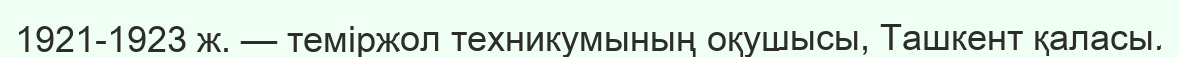
1921-1923 ж. — теміржол техникумының оқушысы, Ташкент қаласы.